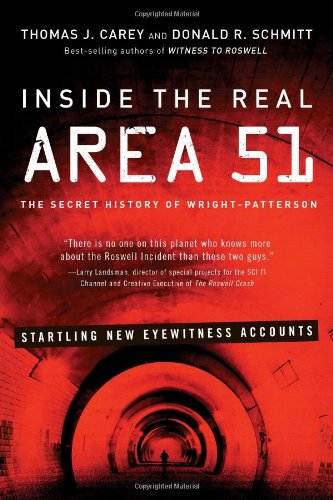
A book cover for Inside the Real Area 51: The Secret History of Wright Patterson; Thomas Carey; Science & Math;